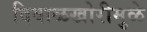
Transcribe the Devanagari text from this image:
दिवाळखोरीमुळे